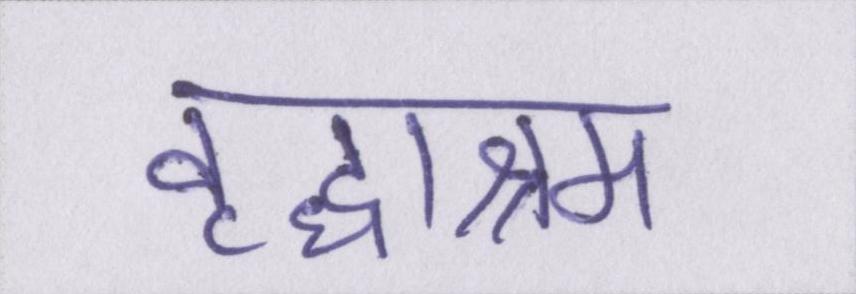
वृद्धाश्रम